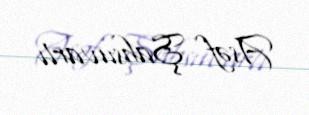
Asəf Şahsuvarlı